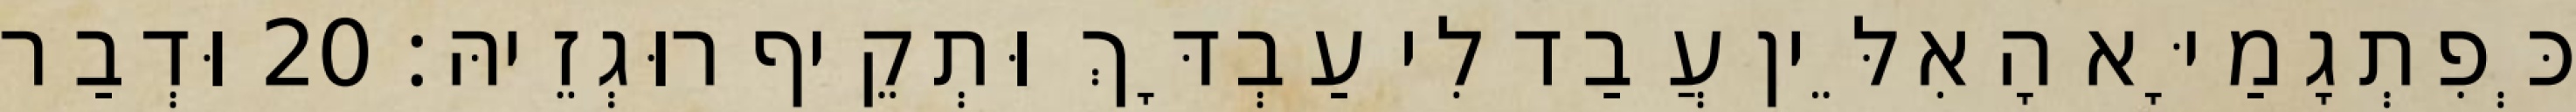
כְּפִתְגָמַיָּא הָאִלֵּין עֲבַד לִי עַבְדָּךְ וּתְקֵיף רוּגְזֵיהּ׃ 20 וּדְבַר